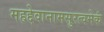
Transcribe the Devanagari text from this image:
महद्देवानामसुरत्वमेकं